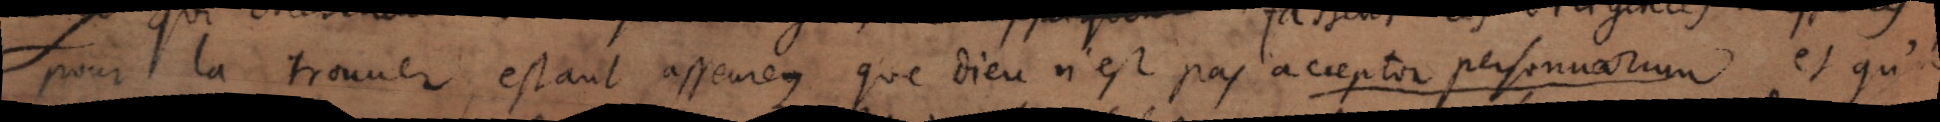
pour la trouver, estant asseurez que Dieu n’est pas acceptor personarum et qu’il